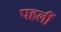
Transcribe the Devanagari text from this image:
पहलीं